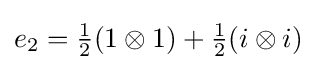
e_{2}={\tfrac {1}{2}}(1\otimes 1)+{\tfrac {1}{2}}(i\otimes i)